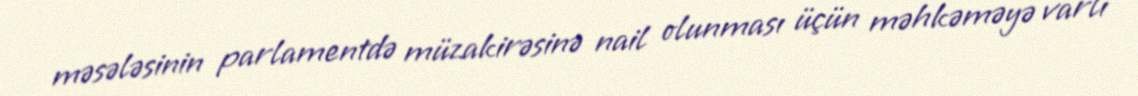
məsələsinin parlamentdə müzakirəsinə nail olunması üçün məhkəməyə varlı